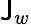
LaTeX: \mathsf{J}_{w}